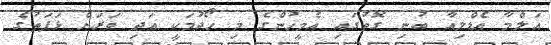
އަލްމާ އެޑްލިއާ ބުނި ގޮތުގައި އެމީހުންގެ މި ހޯދުމަކީ އަދި ވަރަށް ޅަފަތުގެ